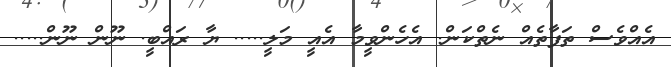
އެއްވެސް ތަފާތެއް ނެތްކަން. އެހެންވީމާ އެއީ މަލީ..... ޔާ ރައްބީ. ނޫން ނޫން.....